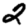
Digit: 2